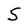
Character: 5